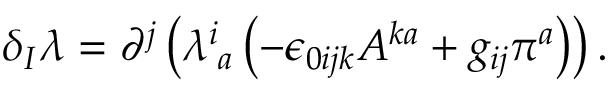
\delta _ { I } \lambda = \partial ^ { j } \left( \lambda _ { \; a } ^ { i } \left( - \epsilon _ { 0 i j k } A ^ { k a } + g _ { i j } \pi ^ { a } \right) \right) .